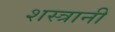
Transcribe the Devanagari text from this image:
शस्त्रानी